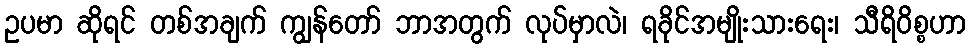
ဥပမာ ဆိုရင် တစ်အချက် ကျွန်တော် ဘာအတွက် လုပ်မှာလဲ၊ ရခိုင်အမျိုးသားရေး၊ သီရိ၀ိစ္စဟာ